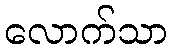
လောက်သာ